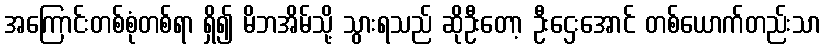
အကြောင်းတစ်စုံတစ်ရာ ရှိ၍ မိဘအိမ်သို့ သွားရသည် ဆိုဦးတော့ ဦးဌေးအောင် တစ်ယောက်တည်းသာ